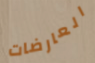
العارضات